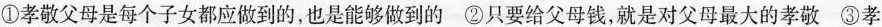
①孝敬父母是每个子女都应做到的，也是能够做到的②只要给父母钱，就是对父母最大的孝敬③孝